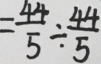
= \frac { 4 4 } { 5 } \div \frac { 4 4 } { 5 }